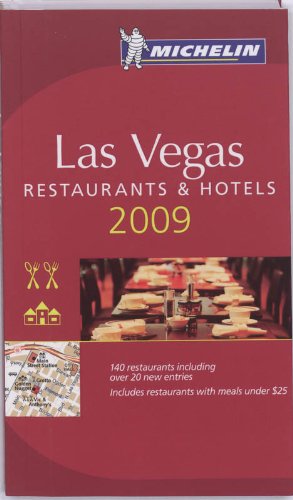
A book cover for Michelin Guide Las Vegas; Travel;